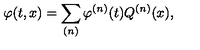
\varphi ( t , x ) = \sum _ { ( n ) } \varphi ^ { ( n ) } ( t ) Q ^ { ( n ) } ( x ) ,